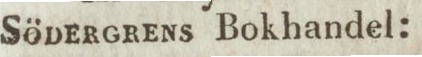
Södergrens Bokhandel: